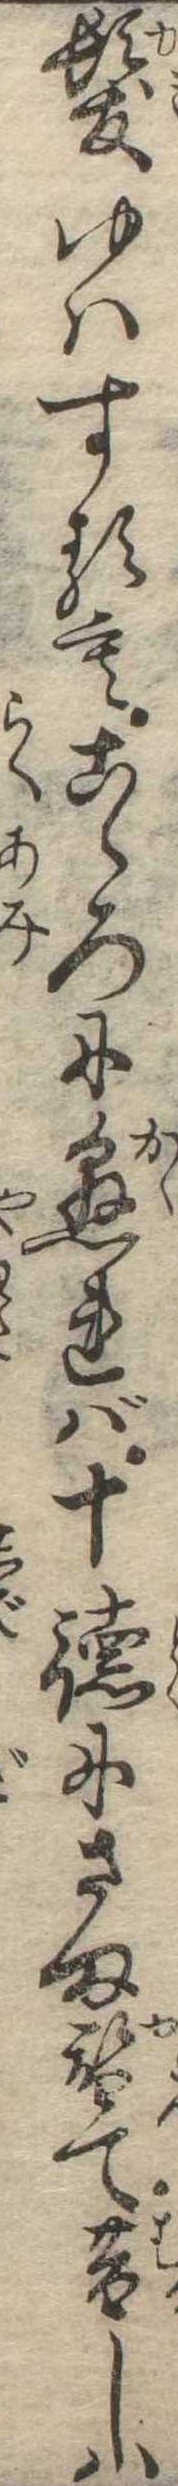
髪ゆはするもこゝろに懸れば十徳にさま替て昔しは